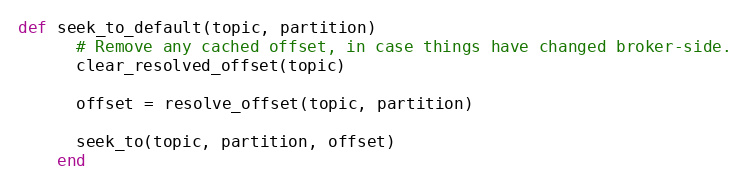
Language: Ruby
def seek_to_default(topic, partition)
      # Remove any cached offset, in case things have changed broker-side.
      clear_resolved_offset(topic)

      offset = resolve_offset(topic, partition)

      seek_to(topic, partition, offset)
    end